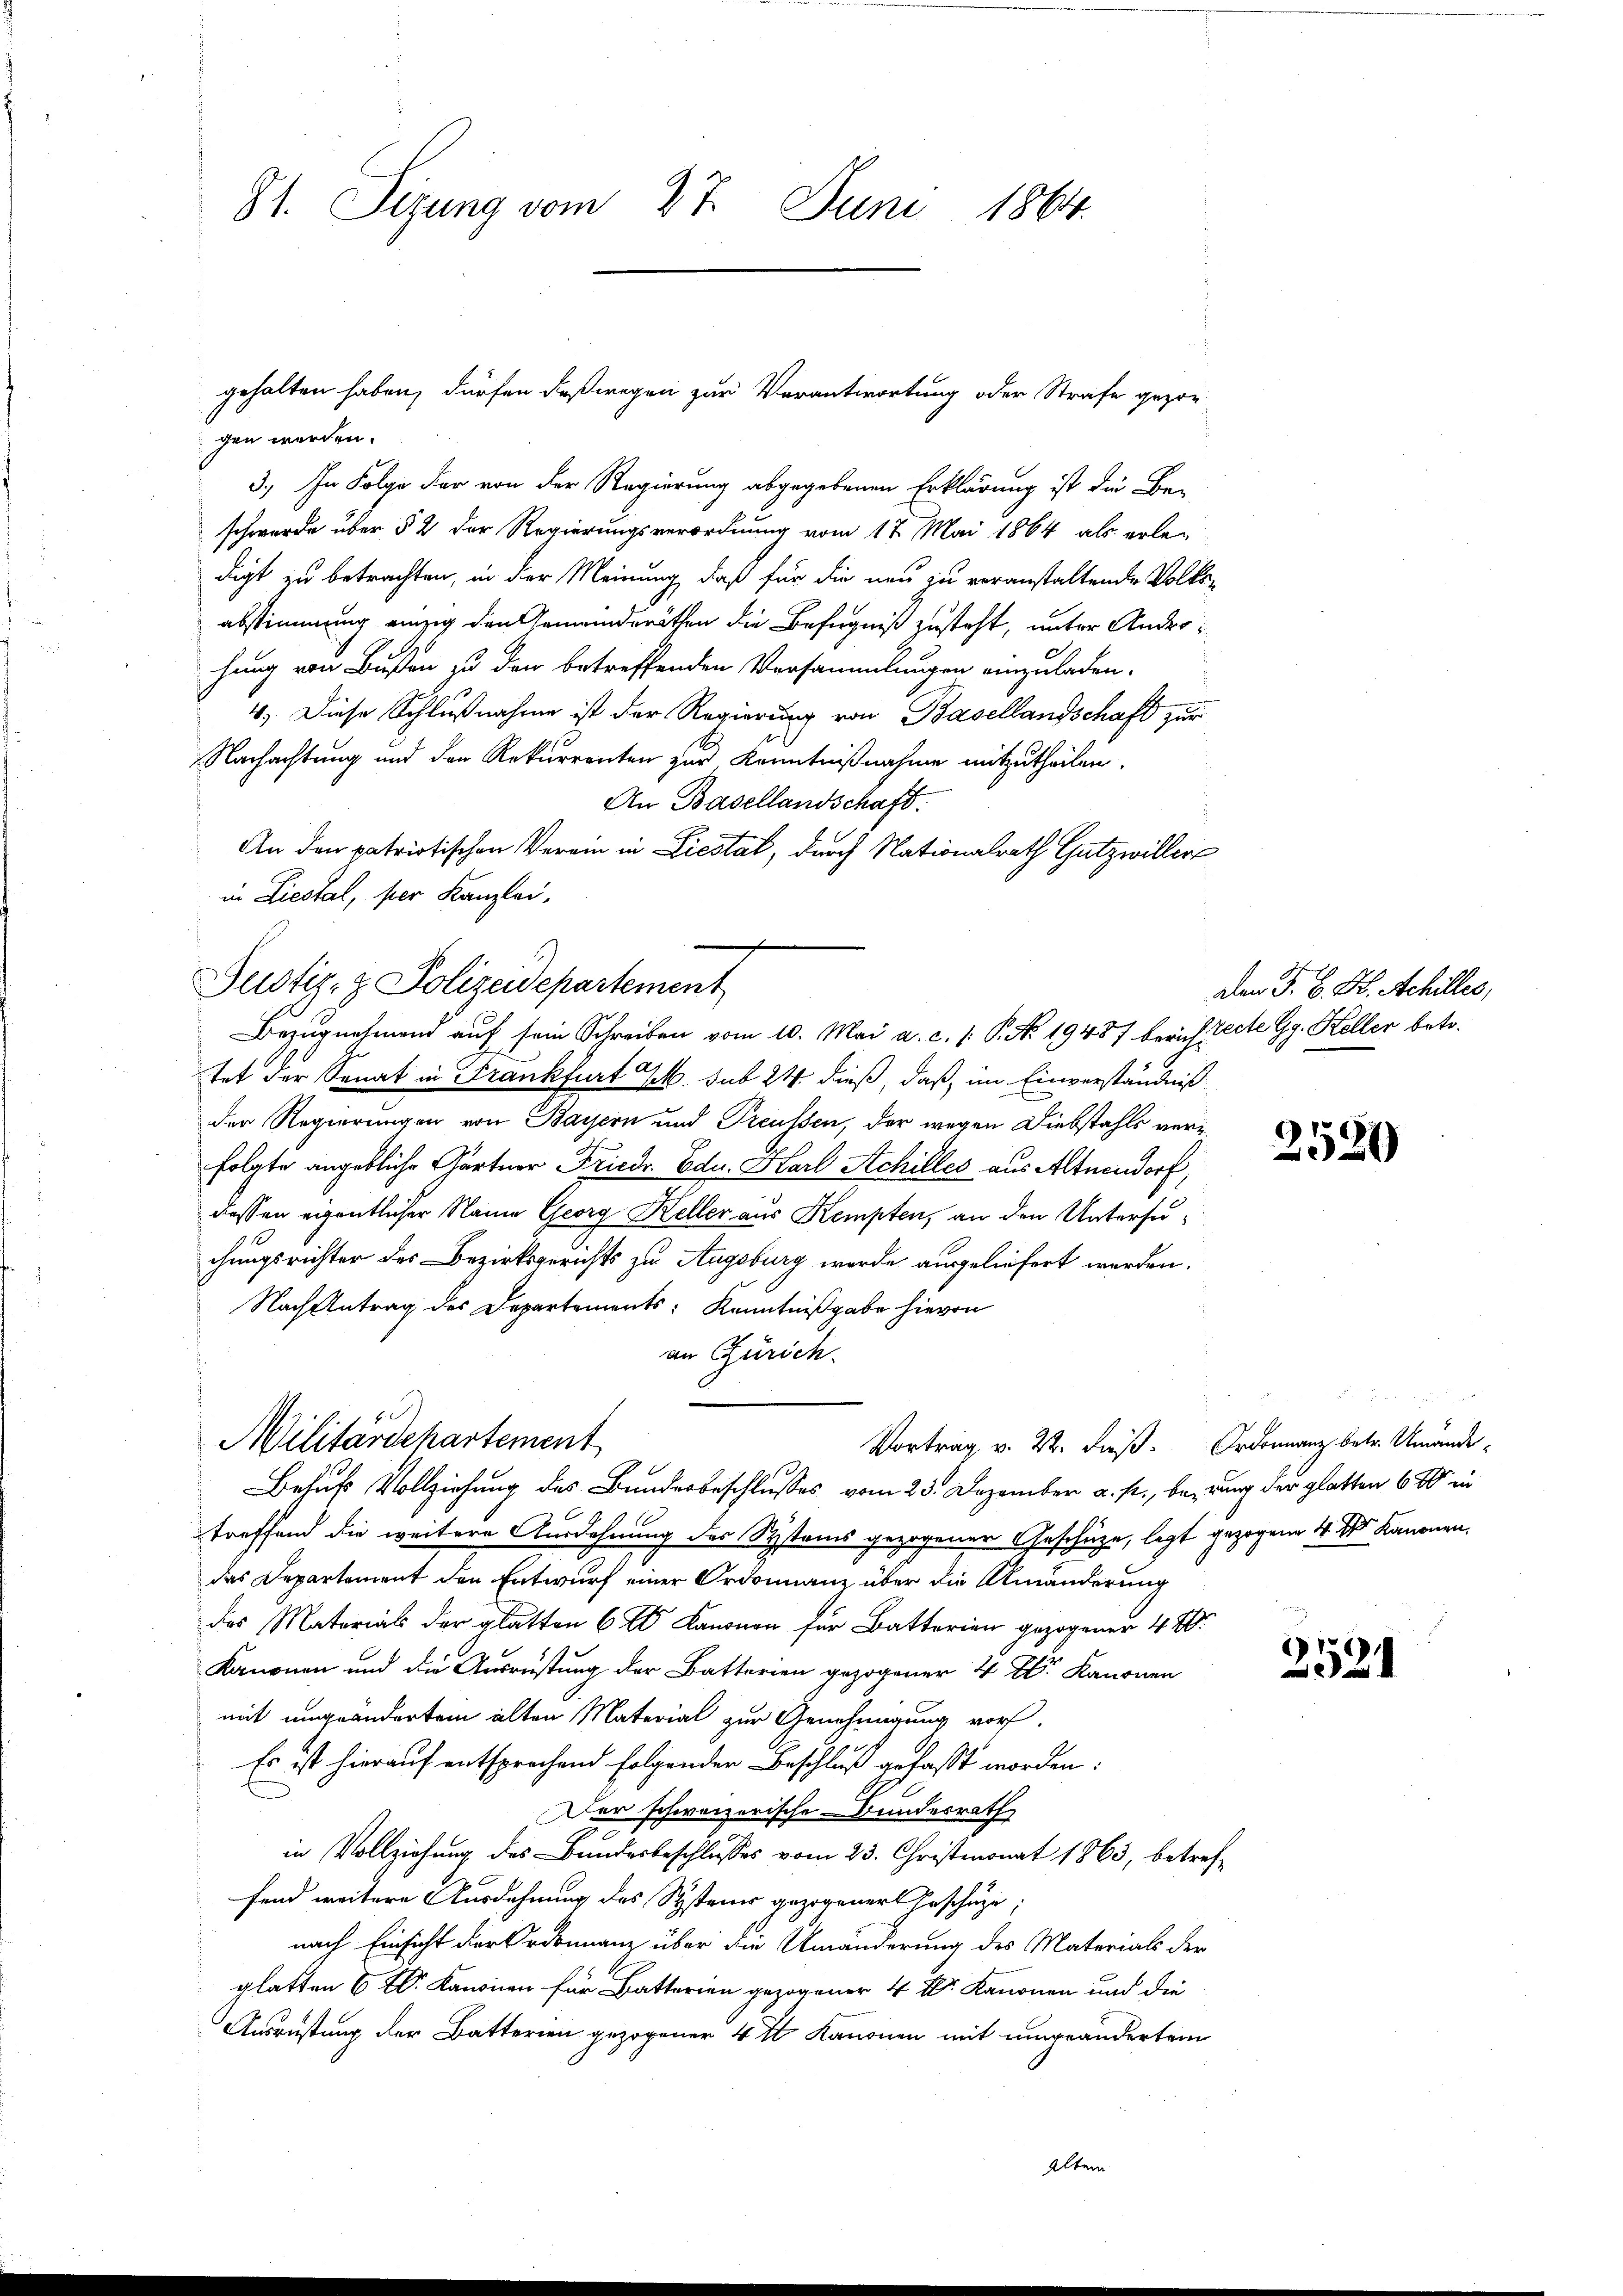
St. Sizung vom 27. Juni 1864.

gen werden.
3.) In Folge der von der Regierung abgegebenen Erklärung ist die Be-
schwerde über § 2 der Regierungsverordnung vom 17. Mai 1864 als erle-
digt zu betrachten, in der Meinung, daß für die neu zu veranstaltende Volks-
abstimmung einzig den Gemeinderäthen die Befugniß zusteht, unter Androhung von Bußen zu den betreffenden Versammlungen einzuladen.
4) Diese Schlußnahme ist der Regierung von Basellandschaft zur
Nachachtung und den Rekurrenten zur Kenntnißnahme mitzutheilen.
An Basellandschaft.
fter |
An den patriotischen Verein in Liestat, durch Nationalrath Gutzwiller
in Liestal, per Kanzlei,
Justiz- & Polizeidepartement
tet der Senat in Frankfurt J. sub 24. dieß, daß im Einverständniß
der Regierungen von Baisern und Preussen, der wegen Diebstahls verfolgte angebliche Gärtner Friedr. Ed. Karl Achilles aus Alterndorf,
dessen eigentlicher Name Georg Keller aus Kempten, an den Untersuchungsrichter des Bezirksgerichts zu Augsburg wurde ausgeliefert werden.
Nach Antrag des Departements: Kenntnißgabe hievon
an Zürich.
Militärdehartement
Vortrag v. 22. dieß. Ordonnanz betr. Umände¬
Behufs Vollziehung des Bundesbeschlusses vom 23. Dezember a. p., beizung der glatten 6 % in
treffend die weitere Ausdehnung des Systems gezogener Geschütze, legt gezogene 4 Kanonen,
das Departement den Entwurf einer Ordonnanz über die Umänderung
des Materials der glatten 6 Kanonen für Batterien gezogener 4 W
Kanonen und die Ausrüstung der Batterien gezogener 4 Fr. Kanonen
mit umgeändertem alten Material zur Genehmigung vor-
Es ist hierauf entsprochend folgenden Beschluß gefaßt worden:
Der schweizerische Bundesrath
7
in Vollziehung des Bundesbeschlusses vom 23. Christmonat 1863, betreffand weitere Ausdehnung des Systeuer gezogener Geschäze.
nach Einsicht der Ordonnanz über die Umänderung des Materials der
glatten 6 t. Kanonen für Batterien gezogener 4 Fr. Kanonen und die
Ausrüstung der Batterien gezogener 4 t Kanonen mit umgeändertem

gehalten haben, dürfen deßwegen zur Verantwortung oder Strafe gezor-

Bezŭgnehmend aŭf sein Schreiben vom 10. Mai a. c. 1. P. Nr. 19487 berichterte Gg. Keller betr.

Den J. B. K. Achilles,

2520

s

2521